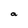
Character: a